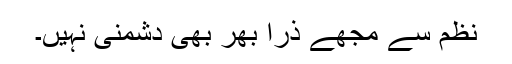
نظم سے مجھے ذرا بھر بھی دشمنی نہیں۔